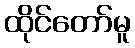
ထိုင်တော်မူ